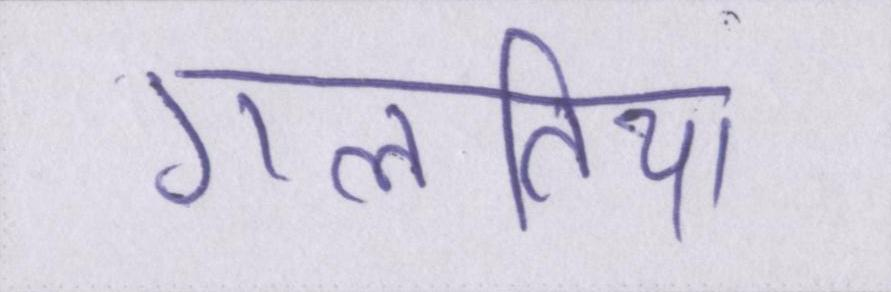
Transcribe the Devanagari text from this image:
गलतिया